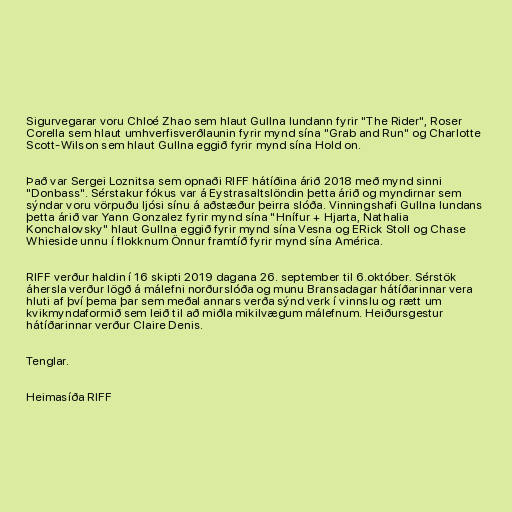
Sigurvegarar voru Chloé Zhao sem hlaut Gullna lundann fyrir "The Rider", Roser
Corella sem hlaut umhverfisverðlaunin fyrir mynd sína "Grab and Run" og Charlotte
Scott-Wilson sem hlaut Gullna eggið fyrir mynd sína Hold on.

Það var Sergei Loznitsa sem opnaði RIFF hátíðina árið 2018 með mynd sinni
"Donbass". Sérstakur fókus var á Eystrasaltslöndin þetta árið og myndirnar sem
sýndar voru vörpuðu ljósi sínu á aðstæður þeirra slóða. Vinningshafi Gullna lundans
þetta árið var Yann Gonzalez fyrir mynd sína "Hnífur + Hjarta, Nathalia
Konchalov­sky" hlaut Gullna eggið fyrir mynd sína Vesna og ERick Stoll og Chase
Whieside unnu í flokknum Önnur framtíð fyrir mynd sína América.

RIFF verður haldin í 16 skipti 2019 dagana 26. september til 6.október. Sérstök
áhersla verður lögð á málefni norðurslóða og munu Bransadagar hátíðarinnar vera
hluti af því þema þar sem meðal annars verða sýnd verk í vinnslu og rætt um
kvikmyndaformið sem leið til að miðla mikilvægum málefnum. Heiðursgestur
hátíðarinnar verður Claire Denis.

Tenglar.

Heimasíða RIFF